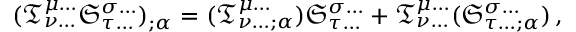
( { \mathfrak { T } } _ { \nu \dots } ^ { \mu \dots } { \mathfrak { S } } _ { \tau \dots } ^ { \sigma \dots } ) _ { ; \alpha } = ( { \mathfrak { T } } _ { \nu \dots ; \alpha } ^ { \mu \dots } ) { \mathfrak { S } } _ { \tau \dots } ^ { \sigma \dots } + { \mathfrak { T } } _ { \nu \dots } ^ { \mu \dots } ( { \mathfrak { S } } _ { \tau \dots ; \alpha } ^ { \sigma \dots } ) \, ,